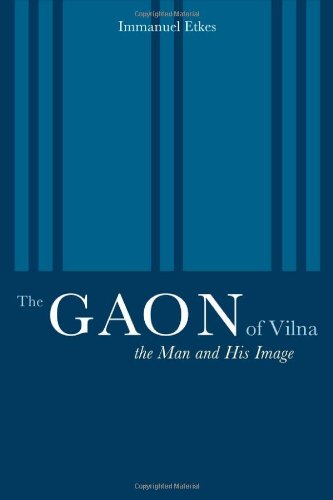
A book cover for The Gaon of Vilna: The Man and His Image; Immanuel Etkes; Religion & Spirituality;